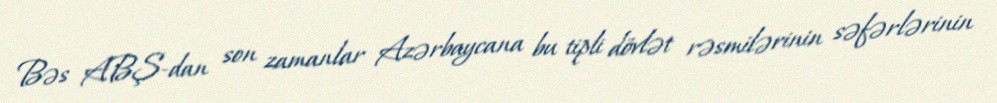
Bəs ABŞ-dan son zamanlar Azərbaycana bu tipli dövlət rəsmilərinin səfərlərinin